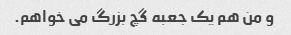
و من هم یک جعبه گچ بزرگ می خواهم.